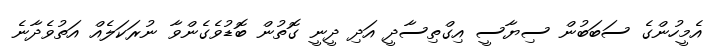
އެމީހުންގެ ސަބަބުން ސިޔާސީ އިގްތިސާދީ އަދި ދީނީ ގޮތުން ބޮޑުވެގެންވާ ނުރަކަލެއް އަތުވެދާނެ